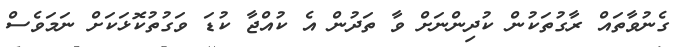
ގެނުވާތައް ރާގުތަކުން ކުދިންނަށް ވާ ތަދުން އެ ކުއްޖާ ކުޑަ ވަގުތުކޮޅަކަށް ނަމަވެސް